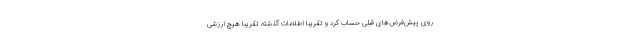
روی پیش‌فرض‌های قبلی حساب کرد و تقریبا اطلاعات گذشته تقریبا هیچ‌ ارزشی